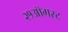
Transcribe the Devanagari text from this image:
२१ऑगस्ट